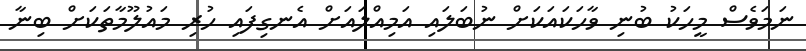
ނަމަވެސް މީހަކު ބުނި ވާހަކައަކަށް ނުބަލައި އަމިއްލައަށް އެނގިފައި ހުރި މައުލޫމާތަކަށް ބިނާ